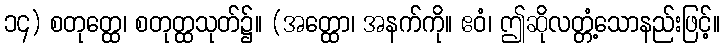
၁၄) စတုတ္ထေ၊ စတုတ္ထသုတ်၌။ (အတ္ထော၊ အနက်ကို။ ဧဝံ၊ ဤဆိုလတ္တံ့သောနည်းဖြင့်။